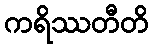
ကရိဿတီတိ